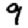
Digit: 9